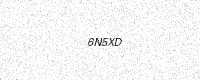
Text: 6N5XD